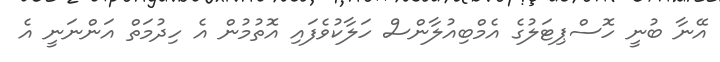
އޭނާ ބުނީ ހޮސްޕިޓަލުގެ އެމްބިއުލާންސް ހަލާކުވެފައި އޮތުމުން އެ ހިދުމަތް އަންނަނީ އެ